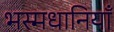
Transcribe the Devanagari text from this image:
भस्मधानियाँ